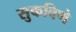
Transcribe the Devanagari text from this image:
सुकविणे